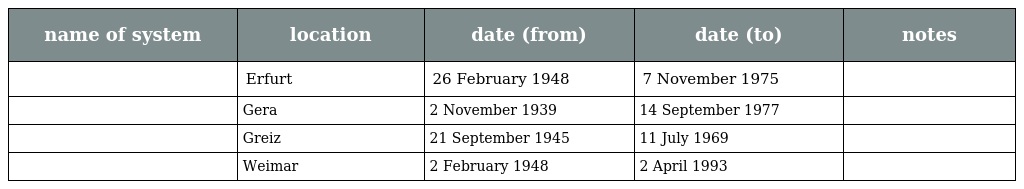
| name of system | location | date (from) | date (to) | notes |
 | --- | --- | --- | --- | --- |
 |  | Erfurt | 26 February 1948 | 7 November 1975 |  |
 |  | Gera | 2 November 1939 | 14 September 1977 |  |
 |  | Greiz | 21 September 1945 | 11 July 1969 |  |
 |  | Weimar | 2 February 1948 | 2 April 1993 |  |